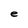
Character: e